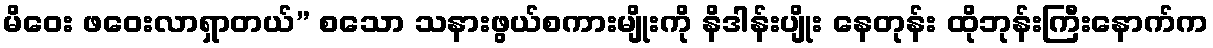
မိဝေး ဖဝေးလာရှာတယ်” စသော သနားဖွယ်စကားမျိုးကို နိဒါန်းပျိုး နေတုန်း ထိုဘုန်းကြီးနောက်က